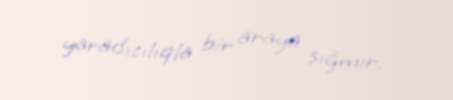
yaradıcılıqla bir araya sığmır.